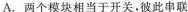
A. 两个模块相当于开关， 彼此串联